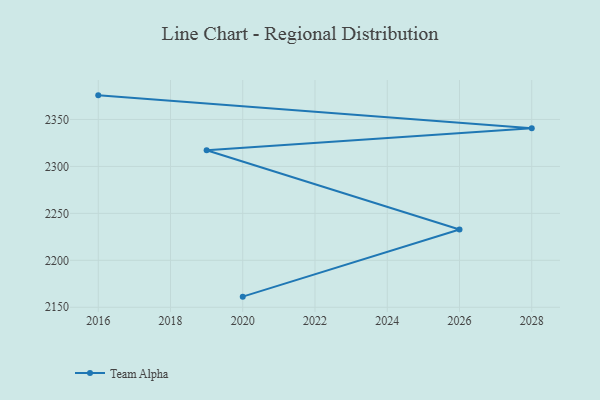
{"axis": {"x": "Year", "y": "Satisfaction Score"}, "legend": ["Team Alpha"], "data": [{"x": "2016", "y": 2375.7, "type": "Team Alpha"}, {"x": "2028", "y": 2340.7, "type": "Team Alpha"}, {"x": "2019", "y": 2317.2, "type": "Team Alpha"}, {"x": "2026", "y": 2232.8, "type": "Team Alpha"}, {"x": "2020", "y": 2161.3, "type": "Team Alpha"}]}